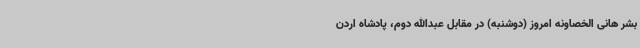
بشر هانی الخصاونه امروز (دوشنبه) در مقابل عبدالله دوم، پادشاه اردن